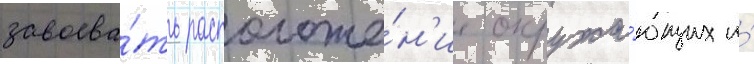
завоева́ть расположе́н'ие окружа́ющих и́